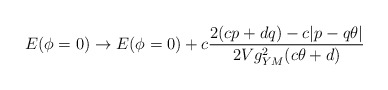
\begin{align*}E(\phi=0)\to E(\phi=0)+c\frac{2 (cp+dq)-c|p-q\theta|}{2Vg_{YM}^2 (c\theta+d)}\end{align*}